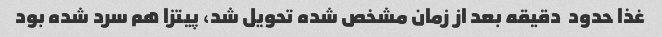
غذا حدود  دقیقه بعد از زمان مشخص شده تحویل شد، پیتزا هم سرد شده بود